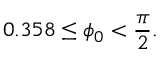
0 . 3 5 8 \leq \phi _ { 0 } < \frac { \pi } { 2 } .